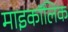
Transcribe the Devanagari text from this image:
माइकॉलिक